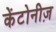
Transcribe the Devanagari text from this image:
केंटोनीज़